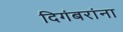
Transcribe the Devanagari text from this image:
दिगंबरांना